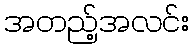
အတည့်အလင်း